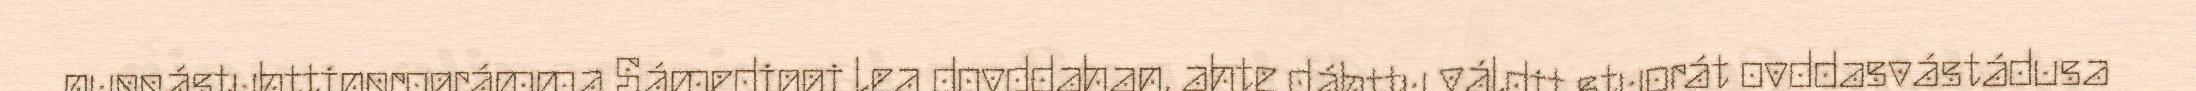
nuppástuhttinprográmma Sámediggi lea dovddahan, ahte dáhttu váldit stuorát ovddasvástádusa